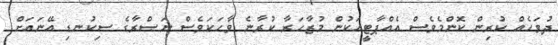
ދުވަހެއް ކުރިން ކޮންމެވެސް އެއްޕާޓީއަކުން މުޒާހަރާ ކުރާނެ ވާހަކަވެސް ނަޞްރާގެ ސިކުނޑި އޭނައަށް